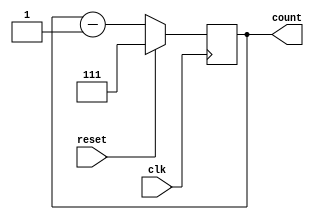
// ___________________________________________________
// 3-Bit Asynchronous Down Counter.....................
// ____________________________________________________
 

module Down_Counter(count,clk,reset);
  
  output reg [2:0] count;
  input clk, reset;
  
  always @(negedge clk)
    begin
      if(reset)
        count=3'b111;
      else
        count=count-1;
    end
endmodule